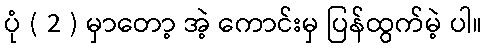
ပုံ ( 2 ) မှာတော့ အဲ့ ကောင်းမှ ပြန်ထွက်မဲ့ ပါ။